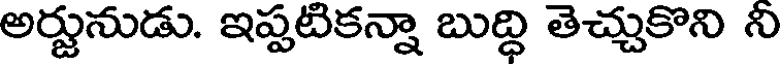
అర్జునుడు. ఇప్పటికన్నా బుద్ధి తెచ్చుకొని ని